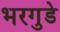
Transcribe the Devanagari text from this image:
भरगुडे